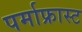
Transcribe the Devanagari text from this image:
पर्माफ्रास्ट